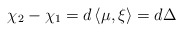
\begin{align*}\chi _{2}-\chi _{1}=d\left\langle \mu ,\xi \right\rangle =d\Delta\end{align*}